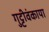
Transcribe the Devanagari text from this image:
गुट्टीवंकाया